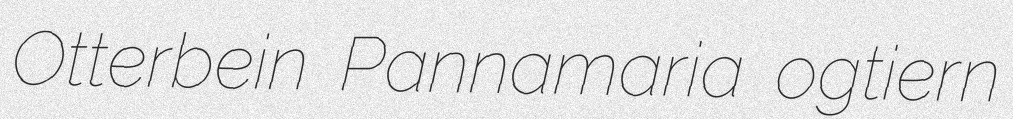
Otterbein Pannamaria ogtiern